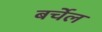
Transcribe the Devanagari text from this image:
बर्चेल